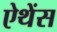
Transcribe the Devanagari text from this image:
ऐथेंस